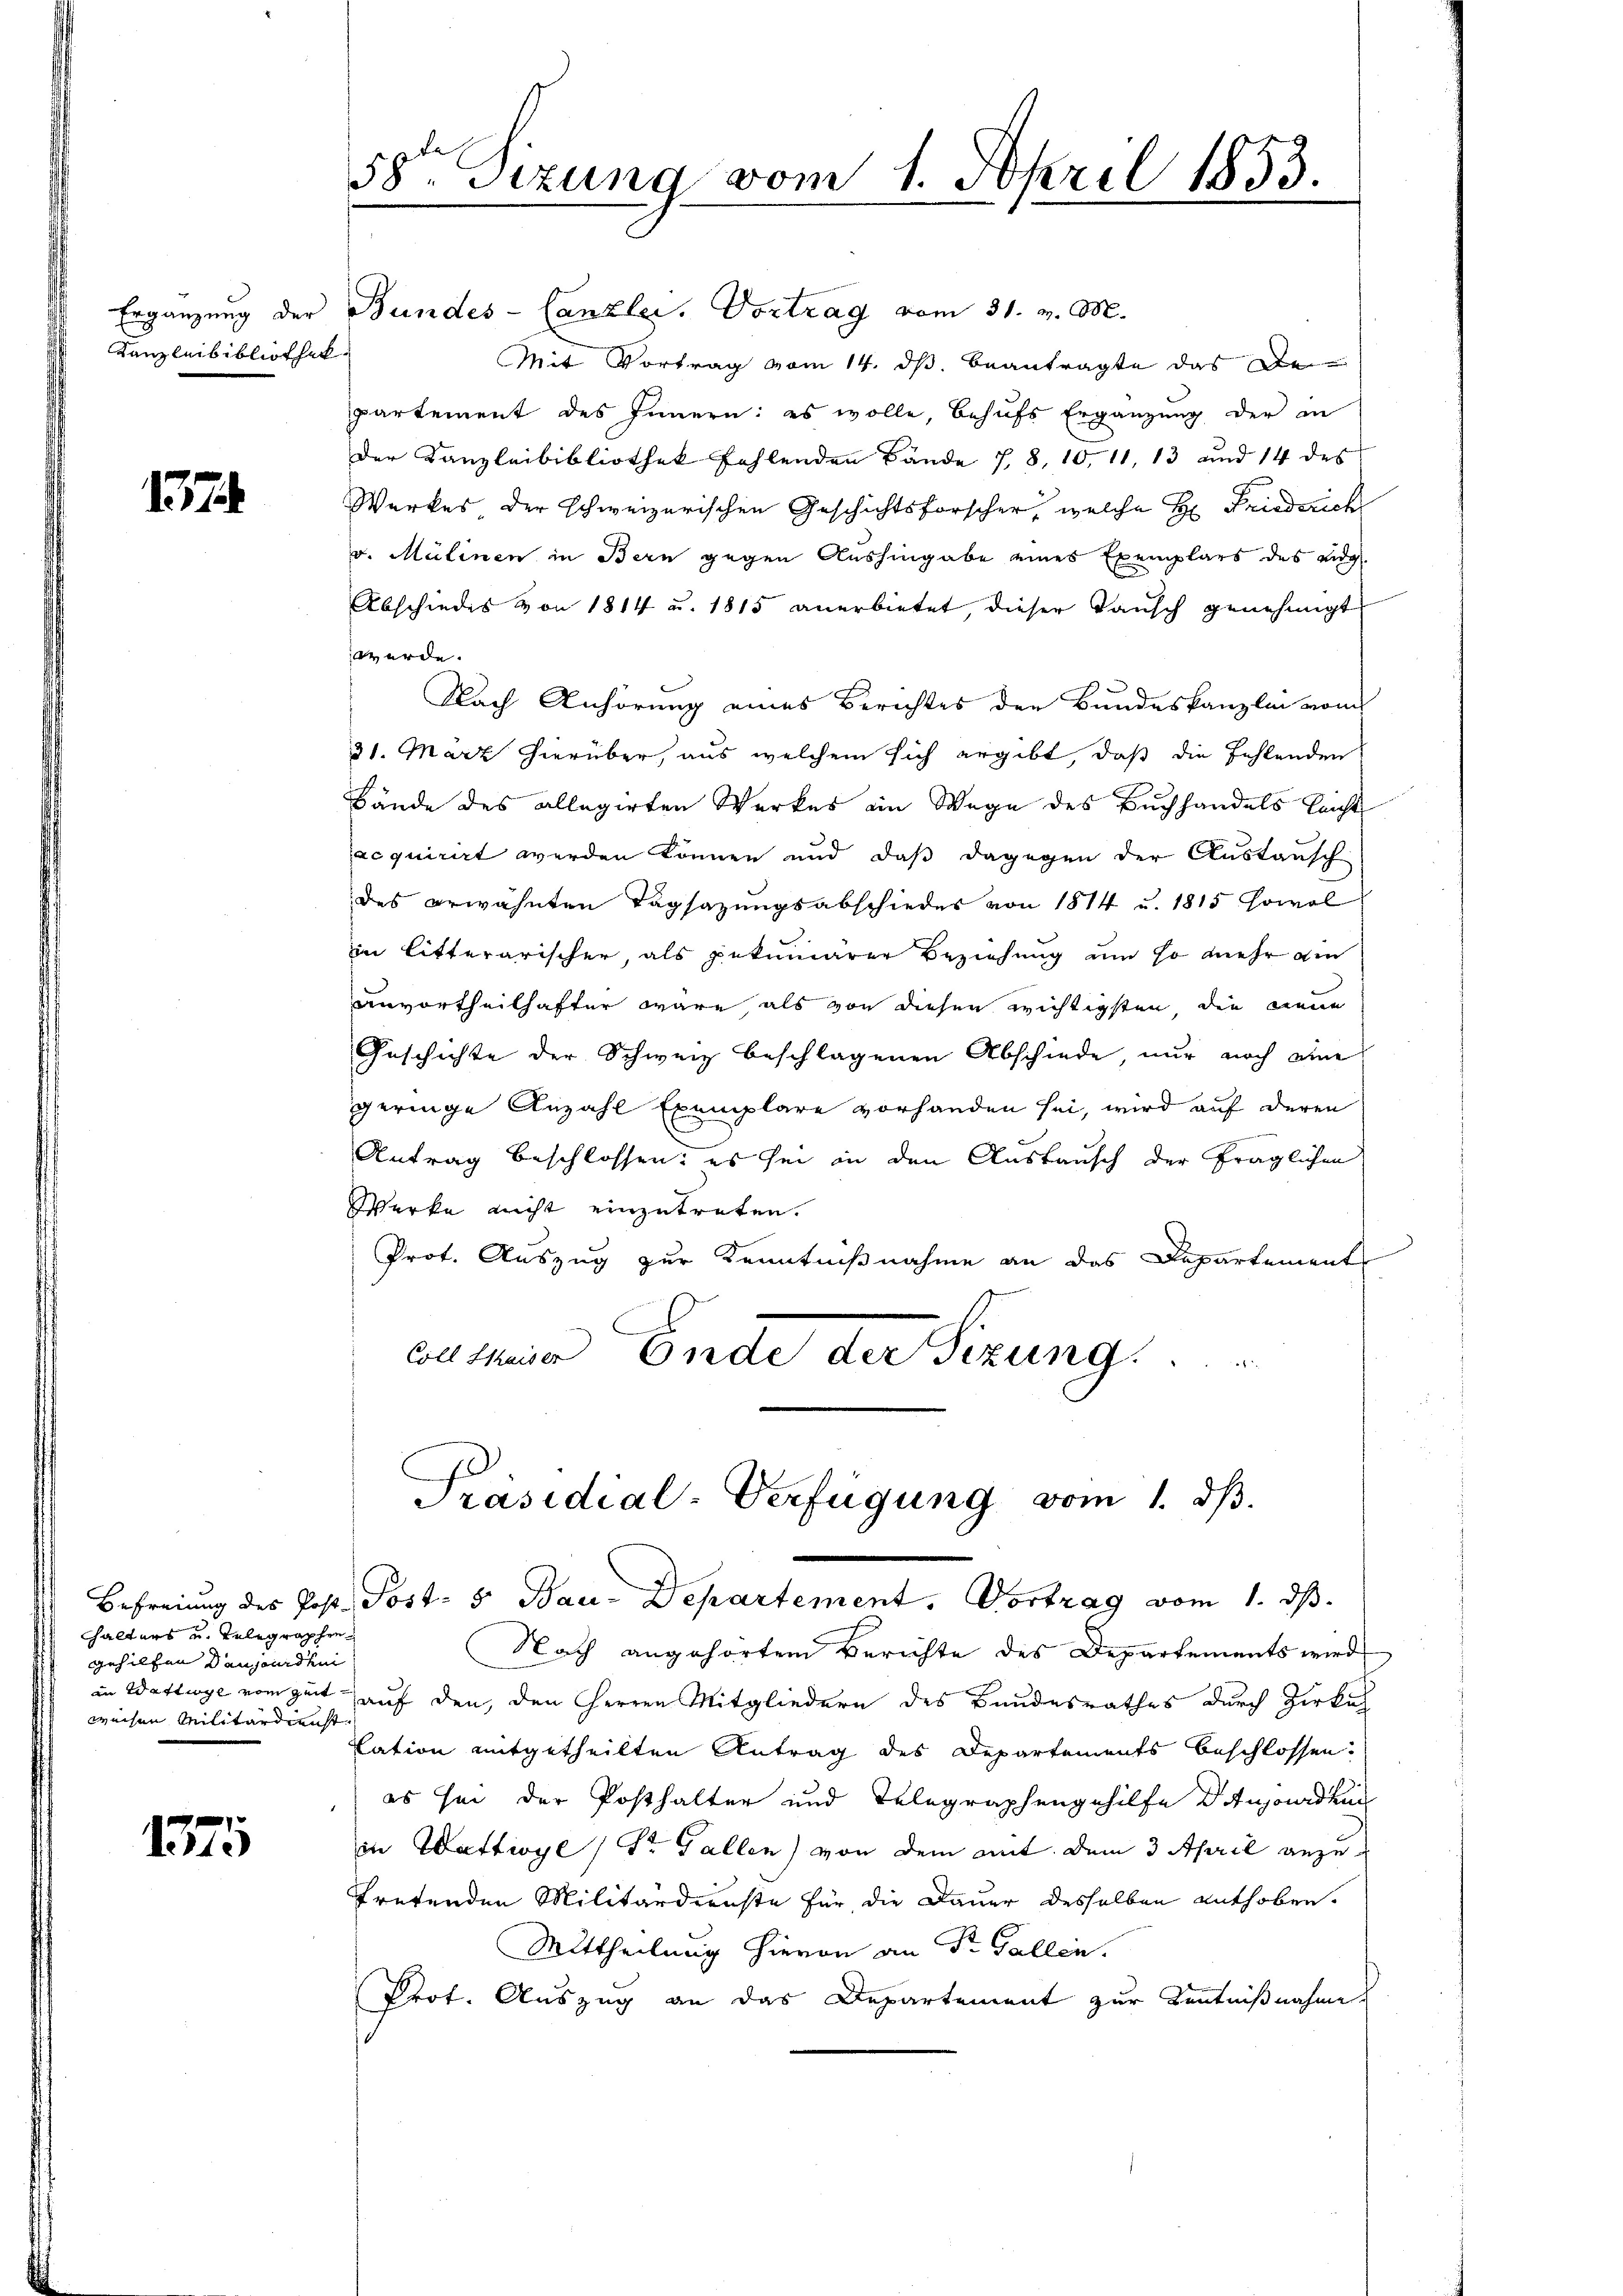
Kanzleibibliothek

1257

halters und Telegraphen
gehilfen den jardini
weisen Militärdienst

1375

Ergänzung der Bundes-Canzler. Vortrag vom 31. v. M.
Mit Vortrag vom 14. ds. beantragte das De
partement des Innern: es wolle, behŭfs Ergänzŭng der in
der Kanzleibibliothek fehlenden Bände 1, 8, 10, 11, 13 und 14 des
Werkes der schweizerischen Geschichtsforscher, welche H. Friederich
v. Mülinen in Bern gegen Aushingabe eines Exemplars des eidg.
Abschiedes von 1814 u. 1815 anerbietet, dieser Tausch genehmigt
würde.
Nach Anhörung eines Berichtes der Bundeskanzlei vom
31. März hierüber, aus welchem sich ergibt, daß die Fehlenden
Bände des allegirten Werkes ein Wege des Buchhandels leicht
acquirirt werden können und daß dagegen der Austausch
des erwähnten Tagsazungsabschieder von 1814 u. 1815 sowol
iin litterarischer, als pekuniärer Beziehung um so mehr am
unvortheilhafter wäre als von diesen wichtigsten, die neue
Geschichte der Schweiz beschlagenen Abschiede, nur noch eine
geringe Anzahl Exemplare vorhanden sei, wird auf deren
Antrag beschlossen: es sei in den Ausbausch der fraglichen
Werke nicht einzutreten.
Prot. Auszug zur Kenntnißnahme an das Departement
Coll thaiser Ende der Sizung . . . . . . . . . . .

58ten Sizung vom 1. April 1853.

Nach angehörtem Berichte des Departements wird
in Wattwye vom Zeit auf den, den Herren Mitgliedern des Bandesrathes durch Zirkel
lation mitgetheilten Antrag des Departements beschlossen.
es sei der Posthalter und Telegraphengehilfe dausordnun
in Wattwyl, Dr. Gallen) von dem mit dem 3 April anzutretenden Militärdienste für die Dauer desselben enthoben.
Mittheilung hievon an Dr. Gallen.
Prot. Auszug an das Departement zur Kenntnißnahme

Präsidial-Verfügung vom 1. dß.
Befreiung des Post. Post- 5 Bau-Departement. Vortrag vom 1. ds.